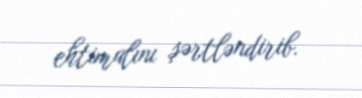
ehtimalını şərtləndirib.